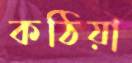
কঠিয়া